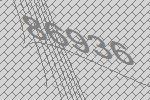
86936